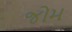
જોમ